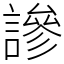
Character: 謲